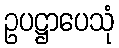
ဥပဋ္ဌာပေသုံ